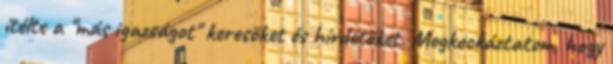
ítélte a "más igazságot" keresőket és hírdetőket. Megkockáztatom, hogy